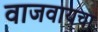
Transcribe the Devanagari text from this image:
वाजवायचा